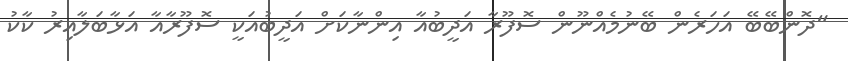
"ދޮންބޭބޭ އަހަރެން ބޭނުމެއްނޫން ސޮފޫރާ އަދީބުއާ އިންނާކަށް އަދީބުއަކީ ސޮފޫރާއާ އަޅާބަލާއިރު ކާކު